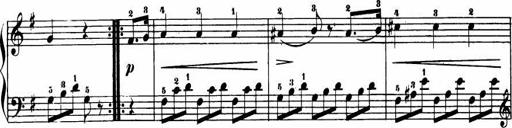
Title: Le bouquetier
Composer: Anton Diabelli
Key: G major
 C major
 F major
 C major